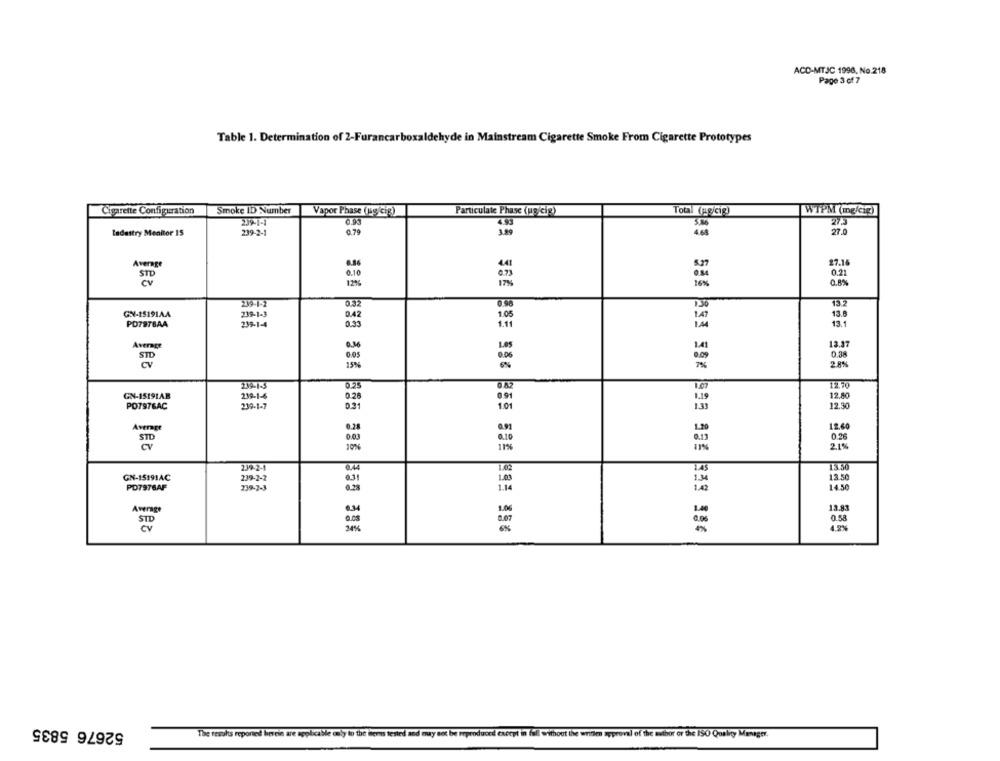
ACD-MTJC 1998, No.218
Page 3 of 7
Table 1. Determination of 2-Furancarboxaldehyde in Mainstream Cigarette Smoke From Cigarette Prototypes
Cigarette Configuration
Smoke ID Number
Vapor Phase (ug/cif)
Particulate Phase (mg/cip)
Total (pg/cig)
WTPM (mg/cif)
239-1-1
49
5.86
Ladustry Monitor 15
239-2-1
0.79
1.99
4.68
27.0
27.16
0.10
0.73
0.21
STD
12%
0.8%
17%
16%
239-1-2
0.32
0.96
132
GN-15191AA
239-1-3
13.0
0.42
1.05
PO7976AA
239-1-4
0.33
1.11
13.1
12.37
Average
0.56
1.41
0.06
.09
0.38
7%
2.8%%
239-1-3
5.25
12.70
GN-1519LAB
239-1-6
12.80
239-1-7
0.28
1.19
12.30
PO7STGAC
0.31
1.01
Average
0.91
1.20
12.60
0.26
0.10
10%
2.1%
239-2-1
TAS
GN-15191AC
134
13.50
PD7976AF
1.4
14.50
1.42
Average
13.83
0.58
STD
9.08
4.2%
24%
586 355 337
-
52676 5835
The results reported berein are applicable only to the items tested and may not be reproduced except in fall without the written approval of the author or the ISO Quality Manager.